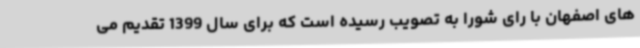
های اصفهان با رای شورا به تصویب رسیده است که برای سال 1399 تقدیم می